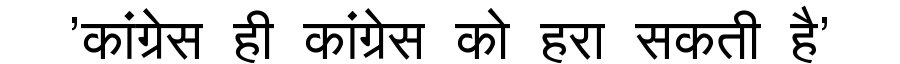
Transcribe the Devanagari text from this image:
'कांग्रेस ही कांग्रेस को हरा सकती है'